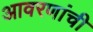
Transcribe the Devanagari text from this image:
आवरणांची